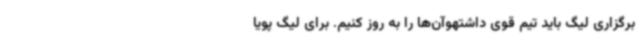
برگزاری لیگ باید تیم قوی داشتهوآن‌ها را به روز ‌کنیم. برای لیگ پویا